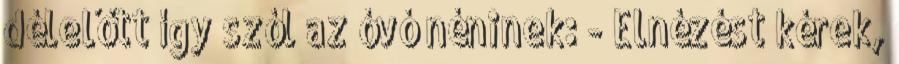
délelőtt így szól az óvó néninek: - Elnézést kérek,